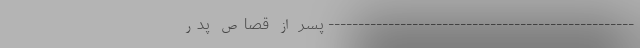
--------------------------------------------------- پسر از قصاص پدر